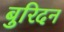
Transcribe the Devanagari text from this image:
बुरिदन